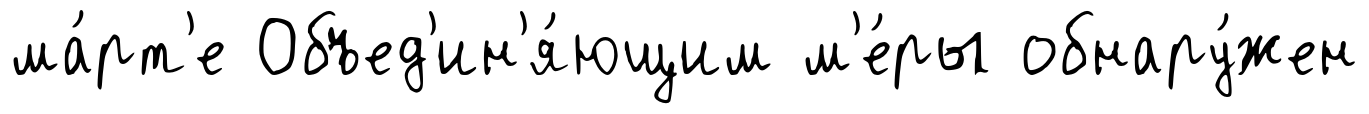
ма́рт'е Объед'ин'я́ющим м'е́ры обнару́жен